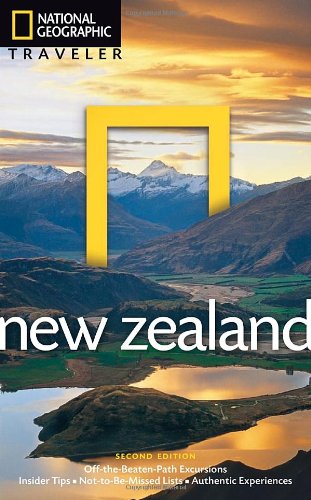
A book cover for National Geographic Traveler: New Zealand, 2nd Edition; Peter Turner; Travel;